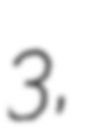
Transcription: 3,